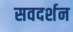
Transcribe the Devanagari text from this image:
सवदर्शन